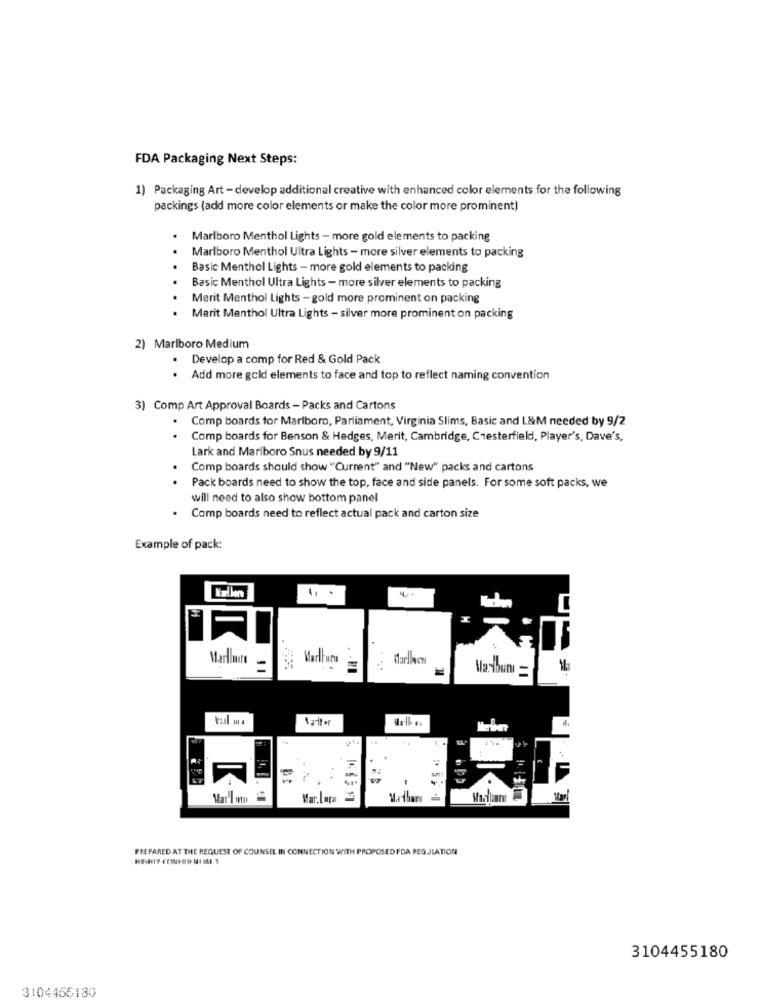
FDA Packaging Next Steps:
1) Packaging Art - develop additional creative with enhanced color elements for the following
packings (add more color elements or make the color more prominent)
Marlboro Menthol Lights - more gold elements to packing
Marlboro Menthol Ultra Lights - more silver elements to packing
Basic Menthol Lights - more gold elements to packing
Basic Menthol Ultra Lights - more silver elements to packing
Merit Menthol Lights - gold more prominent on packing
Merit Menthol Ultra Lights - silver more prominent on packing
2) Marlboro Medium
Develop a comp for Red & Gold Pack
Add more gold elements to face and top to reflect naming convention
3) Comp Art Approval Boards - Packs and Cartons
. Comp boards for Marlboro, Parliament, Virginia Slims, Basic and L&M needed by 9/2
.
Comp boards for Benson & Hedges, Merit, Cambridge, Chesterfield, Player's, Dave's,
Lark and Marlboro Snus needed by 9/11
Comp boards should show "Current" and "New" packs and cartons
Pack boards need to show the top, face and side panels. For some soft packs, we
will need to also show bottom panel
Comp boards need to reflect actual pack and carton size
Example of pack:
.
Marllavere
MarlFora
Marlace
11
bp
Marlon
Mar. Lara
Matharı
Marlları
PREPARED AT THE REQUEST OF COUNSEL IN CONNECTION WITH PROPOSED FDA REGULATION
3104455180
3104456180